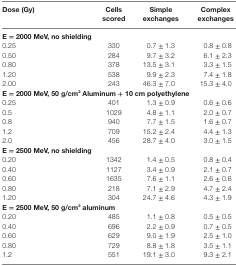
| Dose (Gy) | Cells scored | Simple exchanges | Complex exchanges |
 | --- | --- | --- | --- |
 | <COLSPAN=4> E = 2000 MeV, no shielding |
 | 0.25 | 330 | 0.7 ± 1.3 | 0.8 ± 0.8 |
 | 0.50 | 284 | 9.7 ± 3.2 | 6.1 ± 2.3 |
 | 0.80 | 378 | 13.5 ± 3.1 | 3.3 ± 1.5 |
 | 1.20 | 538 | 9.9 ± 2.3 | 7.4 ± 1.8 |
 | 2.00 | 243 | 46.3 ± 7.0 | 15.3 ± 4.0 |
 | <COLSPAN=4> E = 2000 MeV, 50 g/cm2 Aluminum + 10 cm polyethylene |
 | 0.25 | 401 | 1.3 ± 0.9 | 0.6 ± 0.6 |
 | 0.5 | 1029 | 4.8 ± 1.1 | 2.0 ± 0.7 |
 | 0.8 | 940 | 7.7 ± 1.5 | 1.6 ± 0.7 |
 | 1.2 | 709 | 15.2 ± 2.4 | 4.4 ± 1.3 |
 | 2.0 | 456 | 28.7 ± 4.0 | 3.0 ± 1.5 |
 | <COLSPAN=4> E = 2500 MeV, no shielding |
 | 0.20 | 1342 | 1.4 ± 0.5 | 0.8 ± 0.4 |
 | 0.40 | 1127 | 3.4 ± 0.9 | 2.1 ± 0.7 |
 | 0.60 | 1635 | 7.6 ± 1.1 | 2.6 ± 0.6 |
 | 0.80 | 218 | 7.1 ± 2.9 | 4.7 ± 2.4 |
 | 1.20 | 304 | 24.7 ± 4.6 | 4.3 ± 1.9 |
 | <COLSPAN=4> E = 2500 MeV, 50 g/cm2 aluminum |
 | 0.20 | 485 | 1.1 ± 0.8 | 0.5 ± 0.5 |
 | 0.40 | 696 | 2.2 ± 0.9 | 0.7 ± 0.5 |
 | 0.60 | 629 | 9.0 ± 1.9 | 2.5 ± 1.0 |
 | 0.80 | 729 | 8.8 ± 1.8 | 3.5 ± 1.1 |
 | 1.2 | 551 | 19.1 ± 3.0 | 9.3 ± 2.1 |